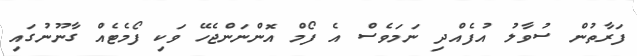
ފަރާތުން ސުވާލު އުފެއްދި ނަމަވެސް އެ ފޯމް އޮންނަންޖެހޭ ވަކި ފޯމެޓެއް ގާނޫނުގައި